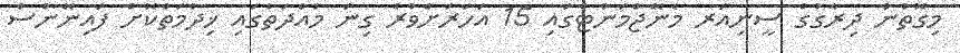
މިގޮތުން ދިރާގުގެ ސީނިއަރ މެނޭޖްމަންޓްގައި 15 އަހަރަށްވުރެ ގިނަ މުއްދަތުގައި ޚިދުމަތްކޮށް ފައިނޭންސް